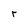
Character: r